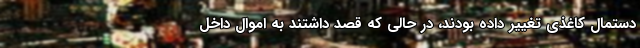
دستمال کاغذی تغییر داده بودند، در حالی که قصد داشتند به اموال داخل